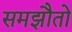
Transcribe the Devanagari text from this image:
समझौतो